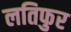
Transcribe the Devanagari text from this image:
लतिफुर